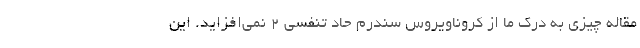
مقاله چیزی به درک ما از کروناویروس سندرم حاد تنفسی ۲ نمی‌افزاید. این